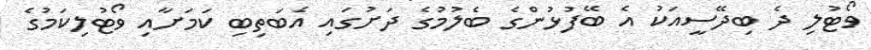
ވޯޓުލި ދެ ބިދޭސީއަކު އެ ބޭފުޅުންގެ ބެލުމުގެ ދަށުގައި އެބަތިބި ކަމަށާއި ވޯޓުލިކަމުގެ